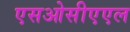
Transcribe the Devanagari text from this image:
एसओसीएएल